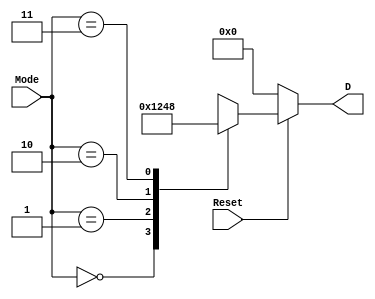
`timescale 1ns / 1ps
//////////////////////////////////////////////////////////////////////////////////
// Company: 
// Engineer: 
// 
// Create Date: 
// Design Name: 
// Module Name: Mode2_4Decoder
// Project Name: 
// Target Devices: 
// Tool Versions: 
// Description: 
// 
// Dependencies: 
// 
// Revision:
// Revision 0.01 - File Created
// Additional Comments:
// 
//////////////////////////////////////////////////////////////////////////////////


module Mode2_4Decoder(
    input [1:0] Mode,
    input Reset,
    output reg [3:0] D
    );
    always @(*)
    begin
      if(Reset==1)
      begin
      D=4'd0;
       case (Mode)
       2'b00: D=4'd1;
       2'b01: D=4'd2;
       2'b10: D=4'd4;
       2'b11: D=4'd8;
       endcase
      end
      else
      D=4'd0;
    end
endmodule